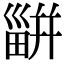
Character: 𤳊